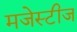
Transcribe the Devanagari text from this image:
मजेस्टीज